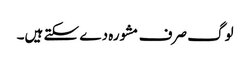
لوگ صرف مشورہ دے سکتے ہیں۔